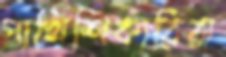
পাখিশিকারিরা